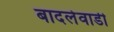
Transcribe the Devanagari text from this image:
बादलेवाडी